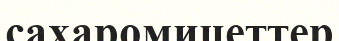
сахаромицеттер